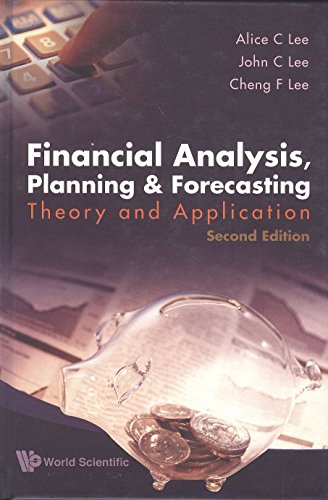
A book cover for Financial Analysis, Planning And Forecasting: Theory and Application; Alice C. Lee; Business & Money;